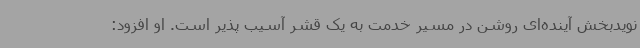
نویدبخش آینده‌ای روشن در مسیر خدمت به یک قشر آسیب پذیر است. او افزود: